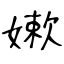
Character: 嫰